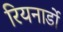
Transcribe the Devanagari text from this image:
रियनार्डो